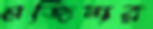
মর্জিনার